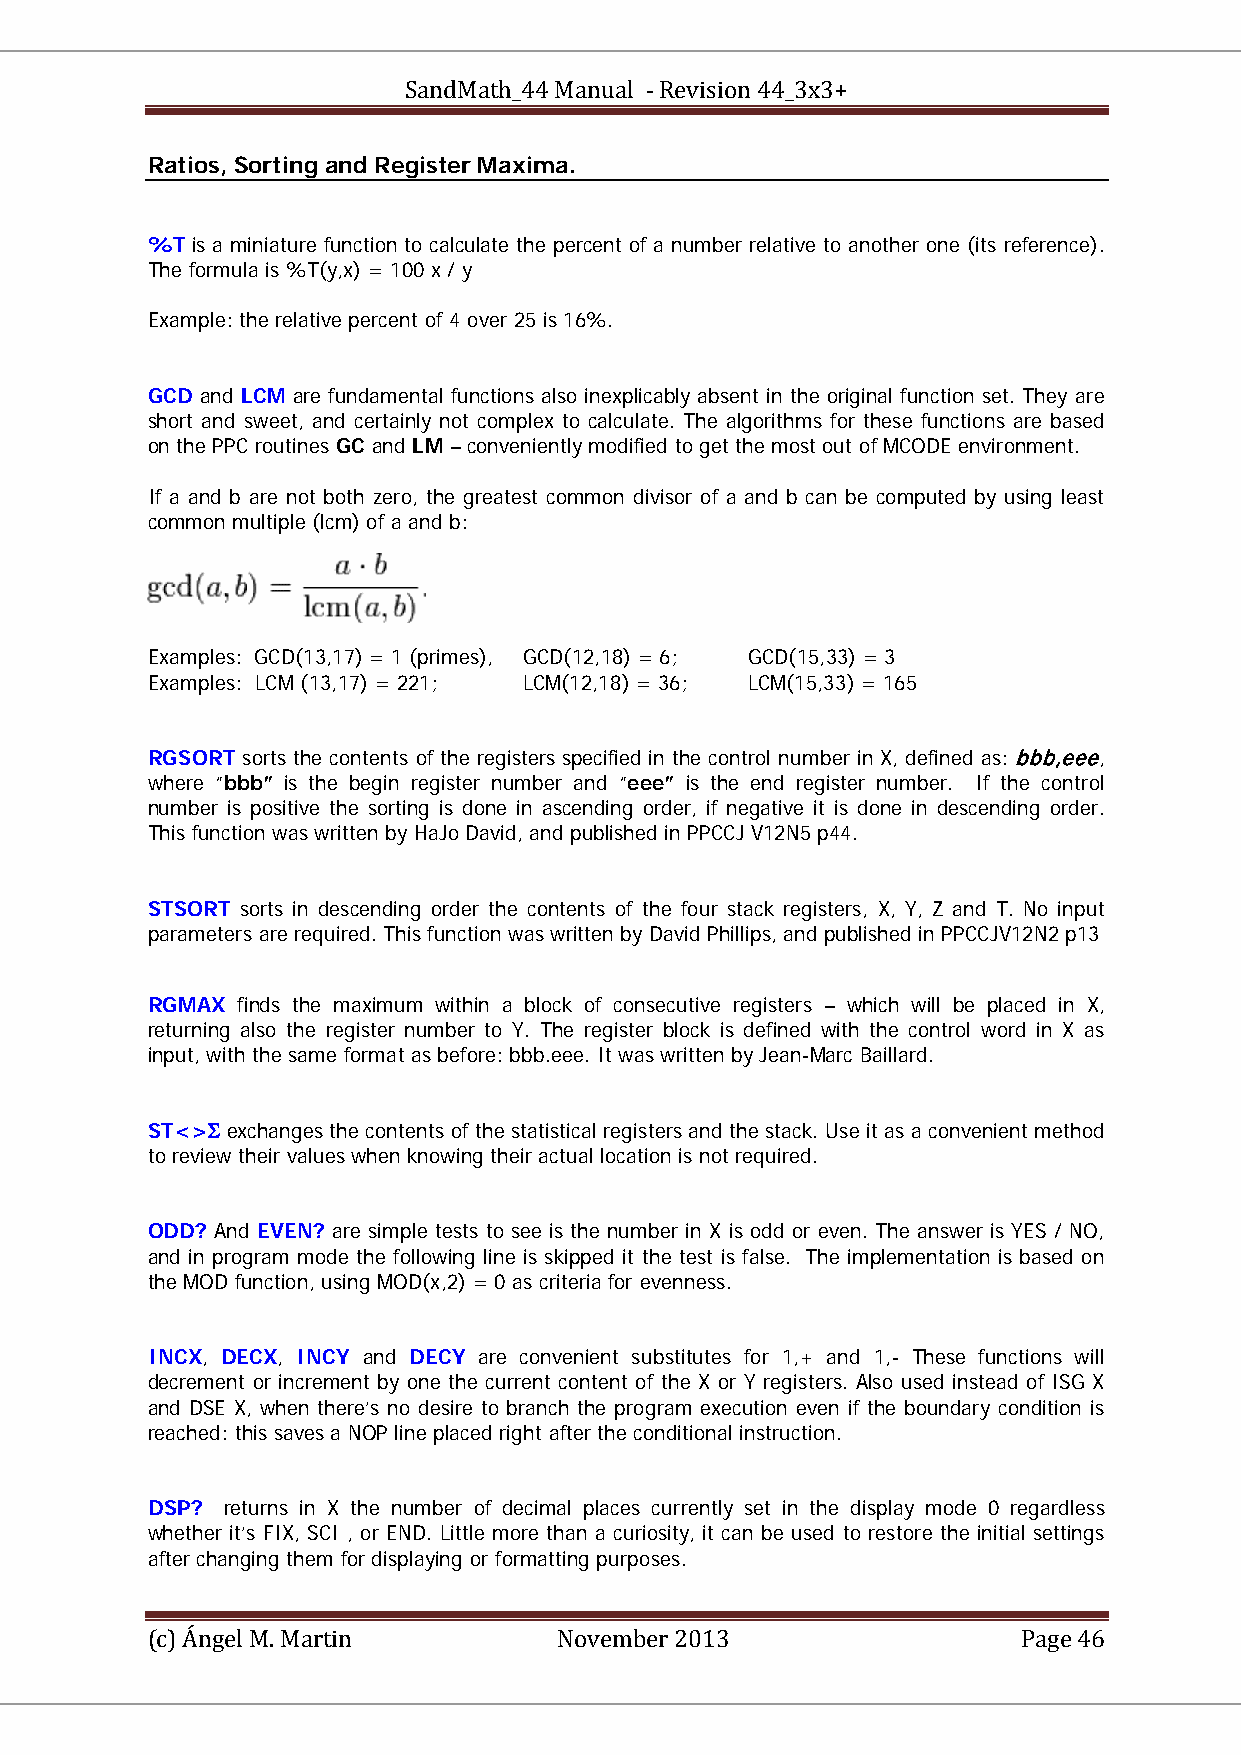
SandMath_44 Manual - Revision 44_3x3+
 Ratios, Sorting and Register Maxima.
 %T is a miniature function to calculate the percent of a number relative to another one (its reference).
 The formula is %T(y,x) = 100 x / y
 Example: the relative percent of 4 over 25 is 16%.
 GCD and LCM are fundamental functions also inexplicably absent in the original function set. They are
 short and sweet, and certainly not complex to calculate. The algorithms for these functions are based
 on the PPC routines GC and LM – conveniently modified to get the most out of MCODE environment.
 If a and b are not both zero, the greatest common divisor of a and b can be computed by using least
 common multiple (lcm) of a and b:
 Examples: GCD(13,17) = 1 (primes), GCD(12,18) = 6; GCD(15,33) = 3
 Examples: LCM (13,17) = 221; LCM(12,18) = 36; LCM(15,33) = 165
 RGSORT sorts the contents of the registers specified in the control number in X, defined as: bbb,eee,
 where “bbb” is the begin register number and “eee” is the end register number. If the control
 number is positive the sorting is done in ascending order, if negative it is done in descending order.
 This function was written by HaJo David, and published in PPCCJ V12N5 p44.
 STSORT sorts in descending order the contents of the four stack registers, X, Y, Z and T. No input
 parameters are required. This function was written by David Phillips, and published in PPCCJV12N2 p13
 RGMAX finds the maximum within a block of consecutive registers – which will be placed in X,
 returning also the register number to Y. The register block is defined with the control word in X as
 input, with the same format as before: bbb.eee. It was written by Jean-Marc Baillard.
 ST<>Σ exchanges the contents of the statistical registers and the stack. Use it as a convenient method
 to review their values when knowing their actual location is not required.
 ODD? And EVEN? are simple tests to see is the number in X is odd or even. The answer is YES / NO,
 and in program mode the following line is skipped it the test is false. The implementation is based on
 the MOD function, using MOD(x,2) = 0 as criteria for evenness.
 INCX, DECX, INCY and DECY are convenient substitutes for 1,+ and 1,- These functions will
 decrement or increment by one the current content of the X or Y registers. Also used instead of ISG X
 and DSE X, when there’s no desire to branch the program execution even if the boundary condition is
 reached: this saves a NOP line placed right after the conditional instruction.
 DSP? returns in X the number of decimal places currently set in the display mode 0 regardless
 whether it’s FIX, SCI , or END. Little more than a curiosity, it can be used to restore the initial settings
 after changing them for displaying or formatting purposes.
 (c) Ángel M. Martin        November 2013                  Page 46